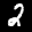
Label: 2